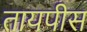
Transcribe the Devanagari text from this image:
तायपीस